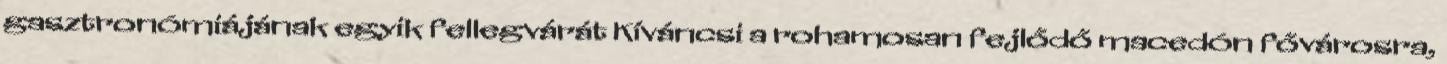
gasztronómiájának egyik fellegvárát Kíváncsi a rohamosan fejlődő macedón fővárosra,